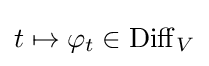
t\mapsto \varphi _{t}\in \operatorname {Diff} _{V}